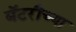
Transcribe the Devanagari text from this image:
बॅटरीच्या